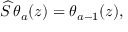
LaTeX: \widehat { S } \, \theta _ { a } ( z ) = \theta _ { a - 1 } ( z ) ,